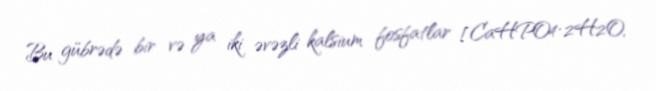
Bu gübrədə bir və ya iki əvəzli kalsium fosfatlar [CaHPO4·2H2O,